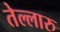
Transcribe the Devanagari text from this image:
तेल्लारु